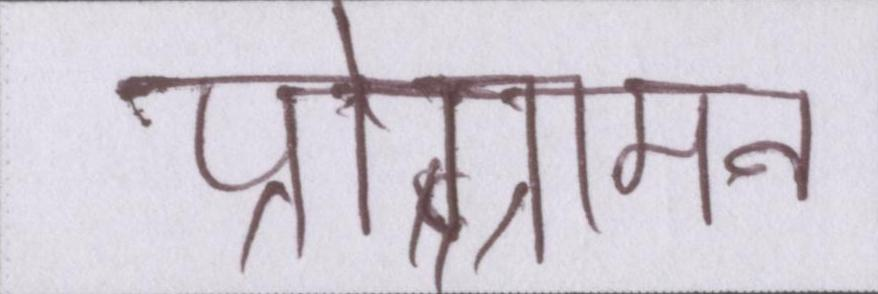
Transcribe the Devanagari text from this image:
प्रोग्रामन